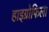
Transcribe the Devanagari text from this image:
हाइग्रोफिला